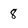
Character: 8